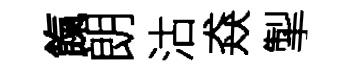
餼朗沽猋掣